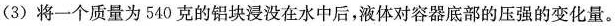
(3) 将一个质量为540克的铝块浸没在水中后，液体对容器底部的压强的变化量。